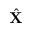
\hat { \mathbf X }